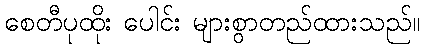
စေတီပုထိုး ပေါင်း များစွာတည်ထားသည်။